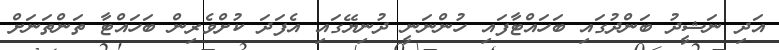
އަދި ނަޝީދު ބަންދުގައި ބަހައްޓާފައި ހުންނަނީ ދުނިޔޭގައި އެފަދަ ކުށްވެރިން ބަހައްޓާ ތަންތަނަށް